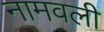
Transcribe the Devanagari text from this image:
नामवली